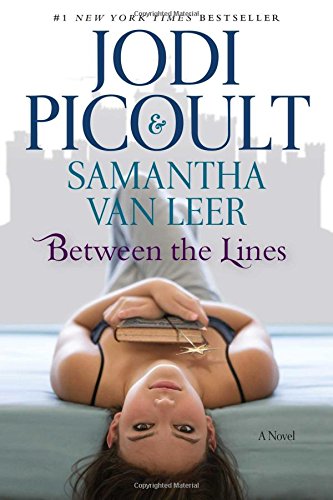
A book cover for Between the Lines; Jodi Picoult; Teen & Young Adult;